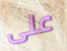
على